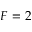
F = 2